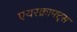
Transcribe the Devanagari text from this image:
एयरक्राफ्ट्स